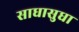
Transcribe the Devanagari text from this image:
साधासुधा